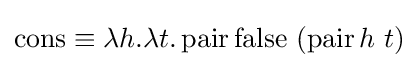
\operatorname {cons} \equiv \lambda h.\lambda t.\operatorname {pair} \operatorname {false} \ (\operatorname {pair} h\ t)